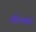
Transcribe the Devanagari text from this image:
गौरवप्रद